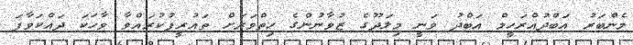
މެންބަރު އަބްދުއްރަހީމް އަބްދު ވަނީ މިލަދޫގެ ޒުވާނުންގެ ހިތްވަރަށް ތައުރީފުކުރައްވާ ވާހަކަ ދައްކަވާފަ